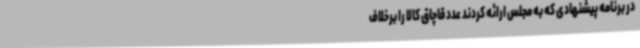
در برنامه پیشنهادی که به مجلس ارائه کردند عدد قاچاق کالا را برخلاف